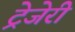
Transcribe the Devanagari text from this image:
ट्रेजेरी